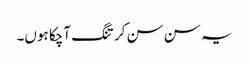
یہ سن سن کر تنگ آچکا ہوں۔